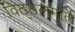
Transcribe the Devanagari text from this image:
विठ्ठलमुर्ति